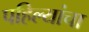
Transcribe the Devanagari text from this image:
पहिल्यांचा